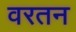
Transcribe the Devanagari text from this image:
वरतन